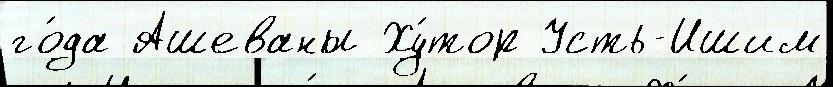
го́да Ашеваны Ху́тор Усть-Ишим